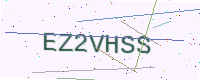
Text: EZ2VHSS